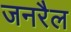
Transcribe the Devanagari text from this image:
जनरैल